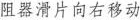
阻器滑片向右移动